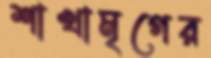
শাখামৃগের